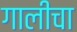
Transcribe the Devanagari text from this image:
गालीचा